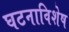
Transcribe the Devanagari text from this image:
घटनाविशेष